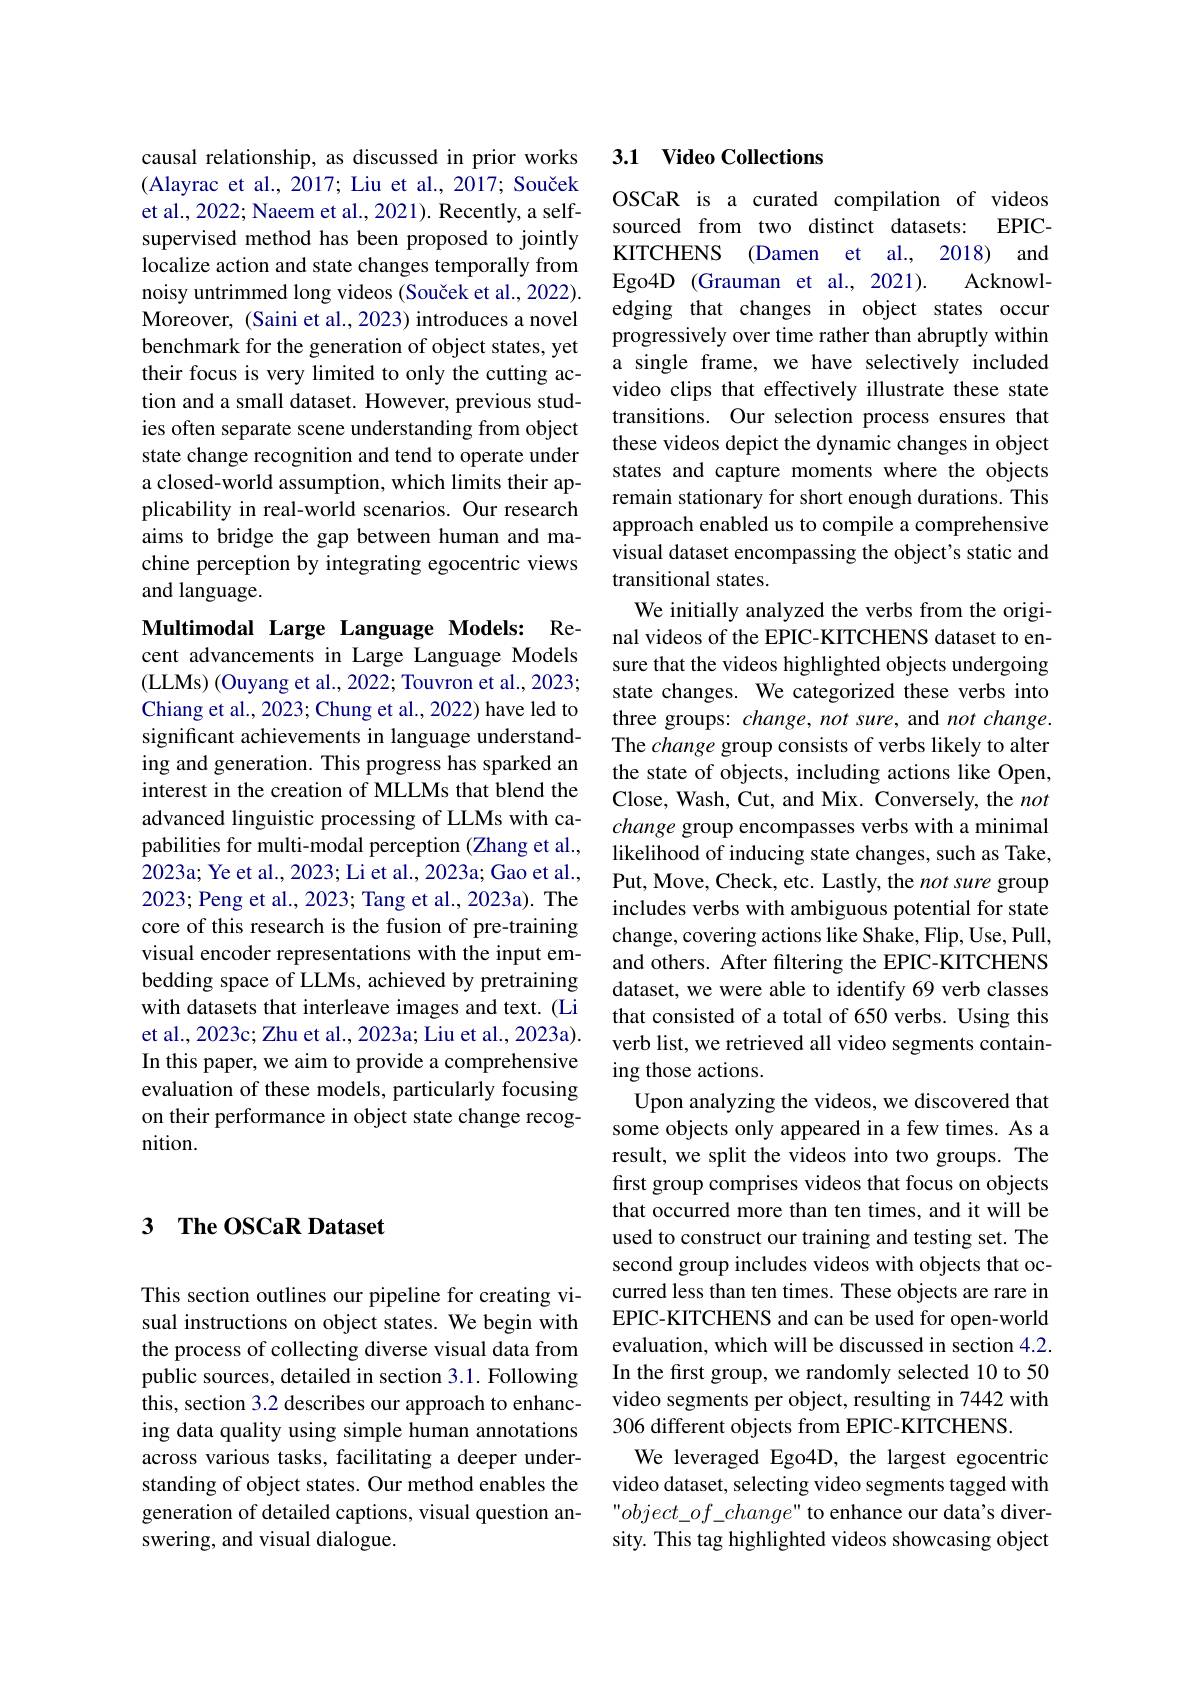
causal relationship, as discussed in prior works (Alayrac et al., 2017; Liu et al., 2017; Souček et al., 2022; Naeem et al., 2021). Recently, a selfsupervised method has been proposed to jointly localize action and state changes temporally from noisy untrimmed long videos (Souček et al., 2022). Moreover, (Saini et al., 2023) introduces a novel benchmark for the generation of object states, yet their focus is very limited to only the cutting action and a small dataset. However, previous studies often separate scene understanding from object state change recognition and tend to operate under a closed-world assumption, which limits their applicability in real-world scenarios. Our research aims to bridge the gap between human and machine perception by integrating egocentric views and language.

Multimodal Large Language Models: Recent advancements in Large Language Models (LLMs) (Ouyang et al., 2022; Touvron et al., 2023; Chiang et al., 2023; Chung et al., 2022) have led to significant achievements in language understanding and generation. This progress has sparked an interest in the creation of MLLMs that blend the advanced linguistic processing of LLMs with capabilities for multi-modal perception (Zhang et al., 2023a; Ye et al., 2023; Li et al., 2023a; Gao et al., 2023; Peng et al., 2023; Tang et al., 2023a). The core of this research is the fusion of pre-training visual encoder representations with the input embedding space of LLMs, achieved by pretraining with datasets that interleave images and text. (Li et al., 2023c; Zhu et al., 2023a; Liu et al., 2023a). In this paper, we aim to provide a comprehensive evaluation of these models, particularly focusing on their performance in object state change recognition.

## 3 The OSCaR Dataset

This section outlines our pipeline for creating visual instructions on object states. We begin with the process of collecting diverse visual data from public sources, detailed in section 3.1. Following this, section 3.2 describes our approach to enhancing data quality using simple human annotations across various tasks, facilitating a deeper understanding of object states. Our method enables the generation of detailed captions, visual question answering, and visual dialogue.

## 3.1 Video Collections

OSCaR is a curated compilation of videos sourced from two distinct datasets: EPICKITCHENS (Damen et al., 2018) and
Acknowl-
Ego4D (Grauman et al.,2021).
edging that changes in object states occur progressively over time rather than abruptly within a single frame, we have selectively included video clips that effectively illustrate these state transitions. Our selection process ensures that these videos depict the dynamic changes in object states and capture moments where the objects remain stationary for short enough durations. This approach enabled us to compile a comprehensive visual dataset encompassing the object's static and transitional states.
We initially analyzed the verbs from the original videos of the EPIC-KITCHENS dataset to ensure that the videos highlighted objects undergoing state changes. We categorized these verbs into three groups: change, not sure, and not change. The change group consists of verbs likely to alter the state of objects, including actions like Open, Close, Wash, Cut, and Mix. Conversely, the not change group encompasses verbs with a minimal likelihood of inducing state changes, such as Take, Put, Move, Check, etc. Lastly, the not sure group includes verbs with ambiguous potential for state change, covering actions like Shake, Flip, Use, Pull, and others. After filtering the EPIC-KITCHENS dataset, we were able to identify 69 verb classes that consisted of a total of 650 verbs. Using this verb list, we retrieved all video segments containing those actions.
Upon analyzing the videos, we discovered that some objects only appeared in a few times. As a result, we split the videos into two groups. The first group comprises videos that focus on objects that occurred more than ten times, and it will be used to construct our training and testing set. The second group includes videos with objects that occurred less than ten times. These objects are rare in EPIC-KITCHENS and can be used for open-world evaluation, which will be discussed in section 4.2. In the frst group, we randomly selected 10 to 50 video segments per object, resulting in 7442 with 306 different objects from EPIC-KITCHENS.
We leveraged Ego4D, the largest egocentric video dataset, selecting video segments tagged with " object\_of\_change" to enhance our data's diversity. This tag highlighted videos showcasing object